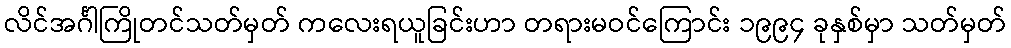
လိင်အင်္ဂါကြိုတင်သတ်မှတ် ကလေးရယူခြင်းဟာ တရားမဝင်ကြောင်း ၁၉၉၄ ခုနှစ်မှာ သတ်မှတ်